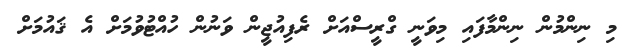
މި ނިންމުން ނިންމާފައި މިވަނީ ގްރީސްއަށް ރެފިއުޖީން ވަނުން ހުއްޓުވުމަށް އެ ޤައުމަށް